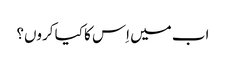
اب میں اِس کا کیا کروں؟